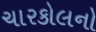
ચારકોલનો